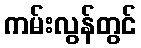
ကမ်းလွန်တွင်